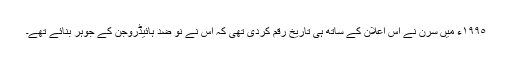
١٩٩٥ء میں سرن نے اس اعلان کے ساتھ ہی تاریخ رقم کردی تھی کہ اس نے نو ضد ہائیڈروجن کے جوہر بنائے تھے۔